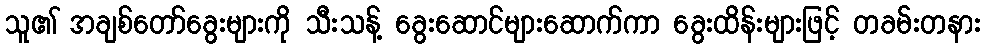
သူ၏ အချစ်တော်ခွေးများကို သီးသန့် ခွေးဆောင်များဆောက်ကာ ခွေးထိန်းများဖြင့် တခမ်းတနား